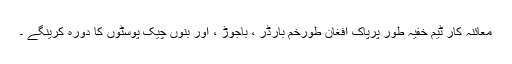
معائنہ کار ٹیم خفیہ طور پرپاک افغان طورخم بارڈر ، باجوڑ ، اور بنوں چیک پوسٹوں کا دورہ کرینگے ۔